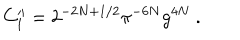
C _ { 1 } ^ { \prime \prime } = 2 ^ { - 2 N + 1 / 2 } \pi ^ { - 6 N } g ^ { 4 N } \ .